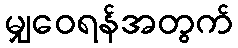
မျှဝေရန်အတွက်